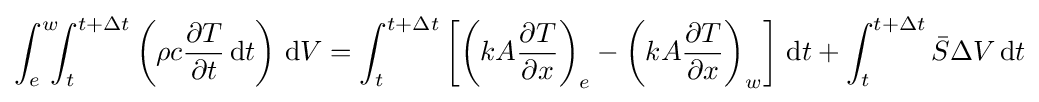
\int _{e}^{w}\!\!\!\int _{t}^{t+\Delta t}\left(\rho c{\frac {\partial T}{\partial t}}\,\mathrm {d} t\right)\,\mathrm {d} V=\int _{t}^{t+\Delta t}\left[\left(kA{\frac {\partial T}{\partial x}}\right)_{e}-\left(kA{\frac {\partial T}{\partial x}}\right)_{w}\right]\,\mathrm {d} t+\int _{t}^{t+\Delta t}{\bar {S}}\Delta V\,\mathrm {d} t